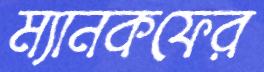
ম্যানকফের